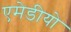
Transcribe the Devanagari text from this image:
एमेडीयो